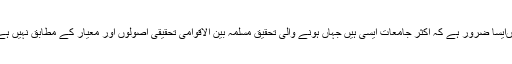
ہاںایسا ضرور ہے کہ اکثر جامعات ایسی ہیں جہاں ہونے والی تحقیق مسلمّہ بین الاقوامی تحقیقی اصولوں اور معیار کے مطابق نہیں ہے۔